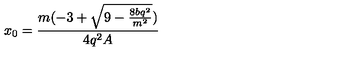
x _ { 0 } = \frac { m ( - 3 + \sqrt { 9 - \frac { 8 b q ^ { 2 } } { m ^ { 2 } } } ) } { 4 q ^ { 2 } A }